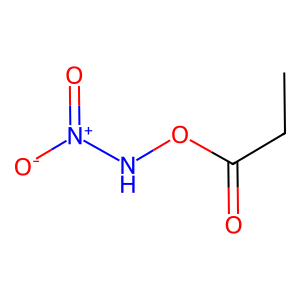
SMILES: CCC(=O)ON[N+](=O)[O-]
Inhibits HIV replication: No